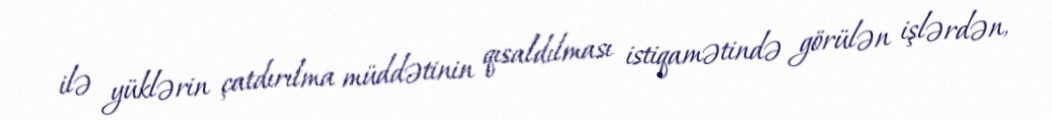
ilə yüklərin çatdırılma müddətinin qısaldılması istiqamətində görülən işlərdən,